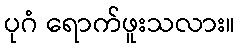
ပုဂံ ရောက်ဖူးသလား။